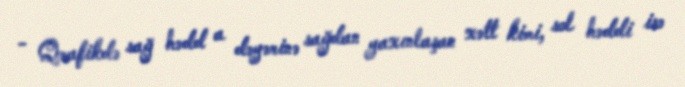
- Qrafikdə sağ hədd a dəyərinə sağdan yaxınlaşan xətt kimi, sol həddi isə